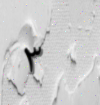
٣